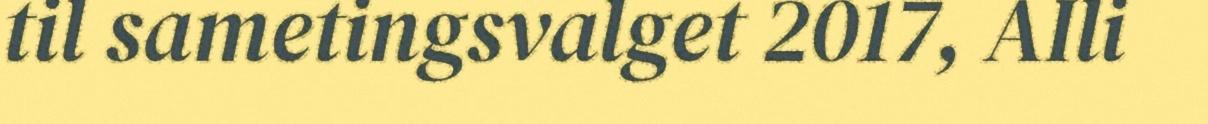
til sametingsvalget 2017, AIli